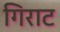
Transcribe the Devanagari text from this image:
गिराट